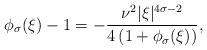
LaTeX: \begin{align*}\phi_{\sigma}(\xi) -1 = -\frac{\nu^{2} |\xi|^{4 \sigma-2}}{4 \left(1+ \phi_{\sigma}(\xi) \right)},\end{align*}